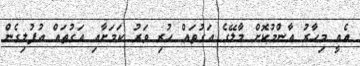
އެއީ މިހާރު އާންމުކޮށް މާލޭގެ އަގުތައް ހުރި ވަރު ކަމަށާއި އަގުތައް އުފުލިގެން